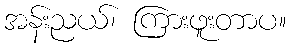
အန်းညယ်၊ ကြားဖူးတာပ။